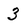
Character: 3